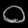
Digit: ၀